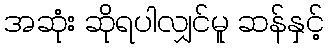
အဆုံး ဆိုရပါလျှင်မူ ဆန်နှင့်